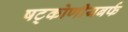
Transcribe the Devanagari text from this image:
षट्कोणीयबर्फ